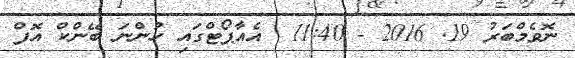
ނޮވެމްބަރު 19